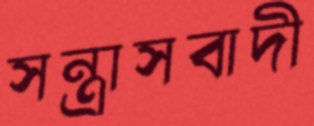
সন্ত্রাসবাদী